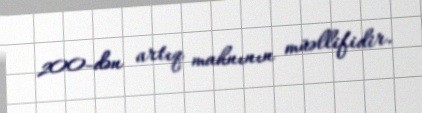
200-dən artıq mahnının müəllifidir.